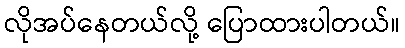
လိုအပ်နေတယ်လို့ ပြောထားပါတယ်။